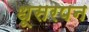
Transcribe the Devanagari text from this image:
धूसरपन